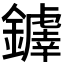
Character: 𫓗